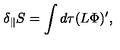
\delta _ { \parallel } S = \int d \tau ( L \Phi ) ^ { \prime } ,